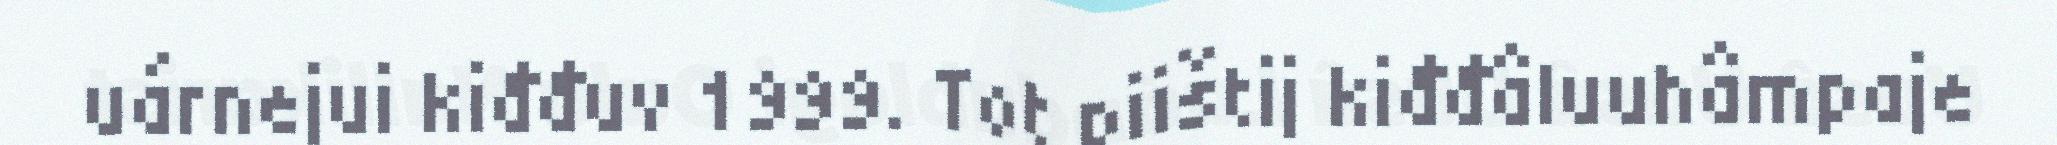
uárnejui kiđđuv 1999. Tot piištij kiđđâluuhâmpaje